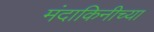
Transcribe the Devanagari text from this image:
मंदाकिनीच्या